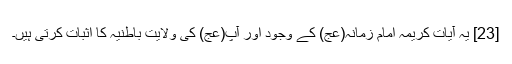
[23] یہ آیات کریمہ امام زمانہ(عج) کے وجود اور آپ(عج) کی ولایت باطنیہ کا اثبات کرتی ہیں۔